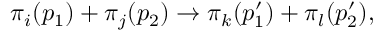
\pi _ { i } ( p _ { 1 } ) + \pi _ { j } ( p _ { 2 } ) \rightarrow \pi _ { k } ( p _ { 1 } ^ { \prime } ) + \pi _ { l } ( p _ { 2 } ^ { \prime } ) ,